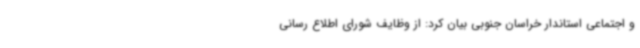
و اجتماعی استاندار خراسان جنوبی بیان کرد: از وظایف شورای اطلاع رسانی